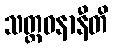
သတ္တဓနာနီတိ